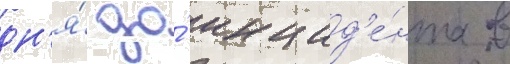
дн'я́ до́ инцид'е́нта в